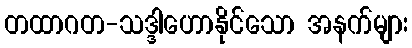
တထာဂတ-သဒ္ဒါဟောနိုင်သော အနက်များ